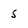
Character: s